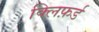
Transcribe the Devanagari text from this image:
क्लिफ़र्ड